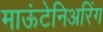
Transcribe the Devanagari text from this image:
माऊंटेनिअरिंग